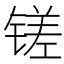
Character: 𫟿